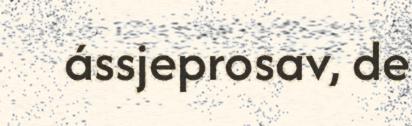
ássjeprosav, de